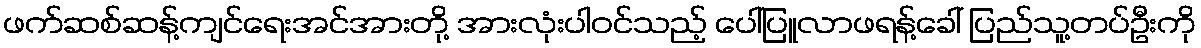
ဖက်ဆစ်ဆန့်ကျင်ရေးအင်အားတို့ အားလုံးပါဝင်သည့် ပေါ်ပြူလာဖရန့်ခေါ် ပြည်သူ့တပ်ဦးကို